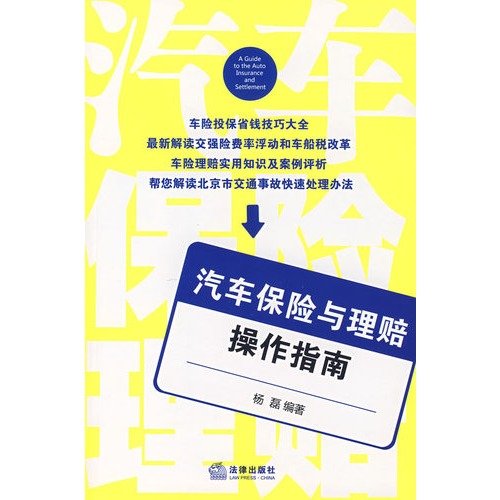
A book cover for auto insurance and claims Operations Guide (Paperback); YANG LEI; Engineering & Transportation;